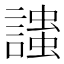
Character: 𲁷